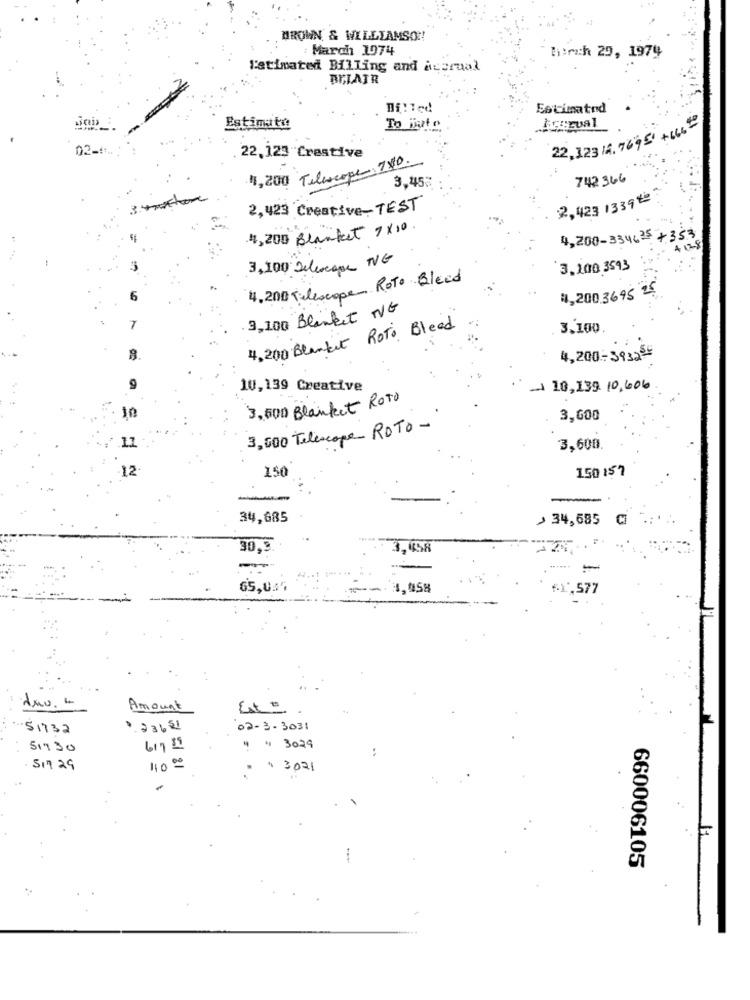
BROWN & WILLIAMSON!
: March 1974
h:och 29, 1979
Fatimated Billing and accrual
BELAIR
Billed
Estimatnd
Estimate
To Buto
22,123 14. 7695' + 666
02-1.
22.123 Crastive
4,200 Telescope 780.
742 366
3,45
2,423 1339##
2,423 Creative-TEST
4,200 Blanket 7×10.
4,200-334625 +
3,100 Deluxegor ING
3. 100 3593
4.200 Telescope RoTo Bleed
4,200.3695 25
3,100 Blanket NG
4,200 Blankit RoTo Bleed
3.100
4,200-39325-
10,139 Creative
-10, 139 10,606
3,500 Blanket Roto
3,600
3,000 Telescope ROTO -
1.1
3,600
12
150
150 157
-
34,685
> 34,685 0
30.9
3,458
65,045
1, 0,58
,577
Amount
Esto
51732
.231 51
02-3-3031
51730
617 35
4 4 3029
51729
110 00
43021
660006105